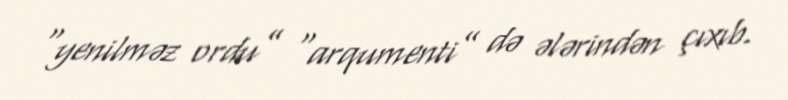
“yenilməz ordu” “arqumenti” də ələrindən çıxıb.